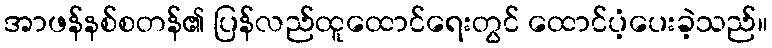
အာဖန်နစ်စတန်၏ ပြန်လည်ထူထောင်ရေးတွင် ထောင်ပံ့ပေးခဲ့သည်။